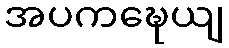
အပကဍ္ဎေယျ